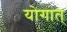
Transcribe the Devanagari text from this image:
योगात्